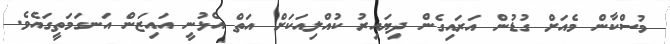
މުސްކާން މެއަށް ގުޑުން އަރައިގެން ދިޔައިރު ކުއްލިއަކަށް އަތް އެޅުނީ އައިޒަން އަނގަމަތީގައެވެ.